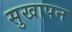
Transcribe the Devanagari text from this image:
सुखापन